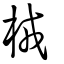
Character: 㭜